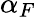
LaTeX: \alpha_{F}